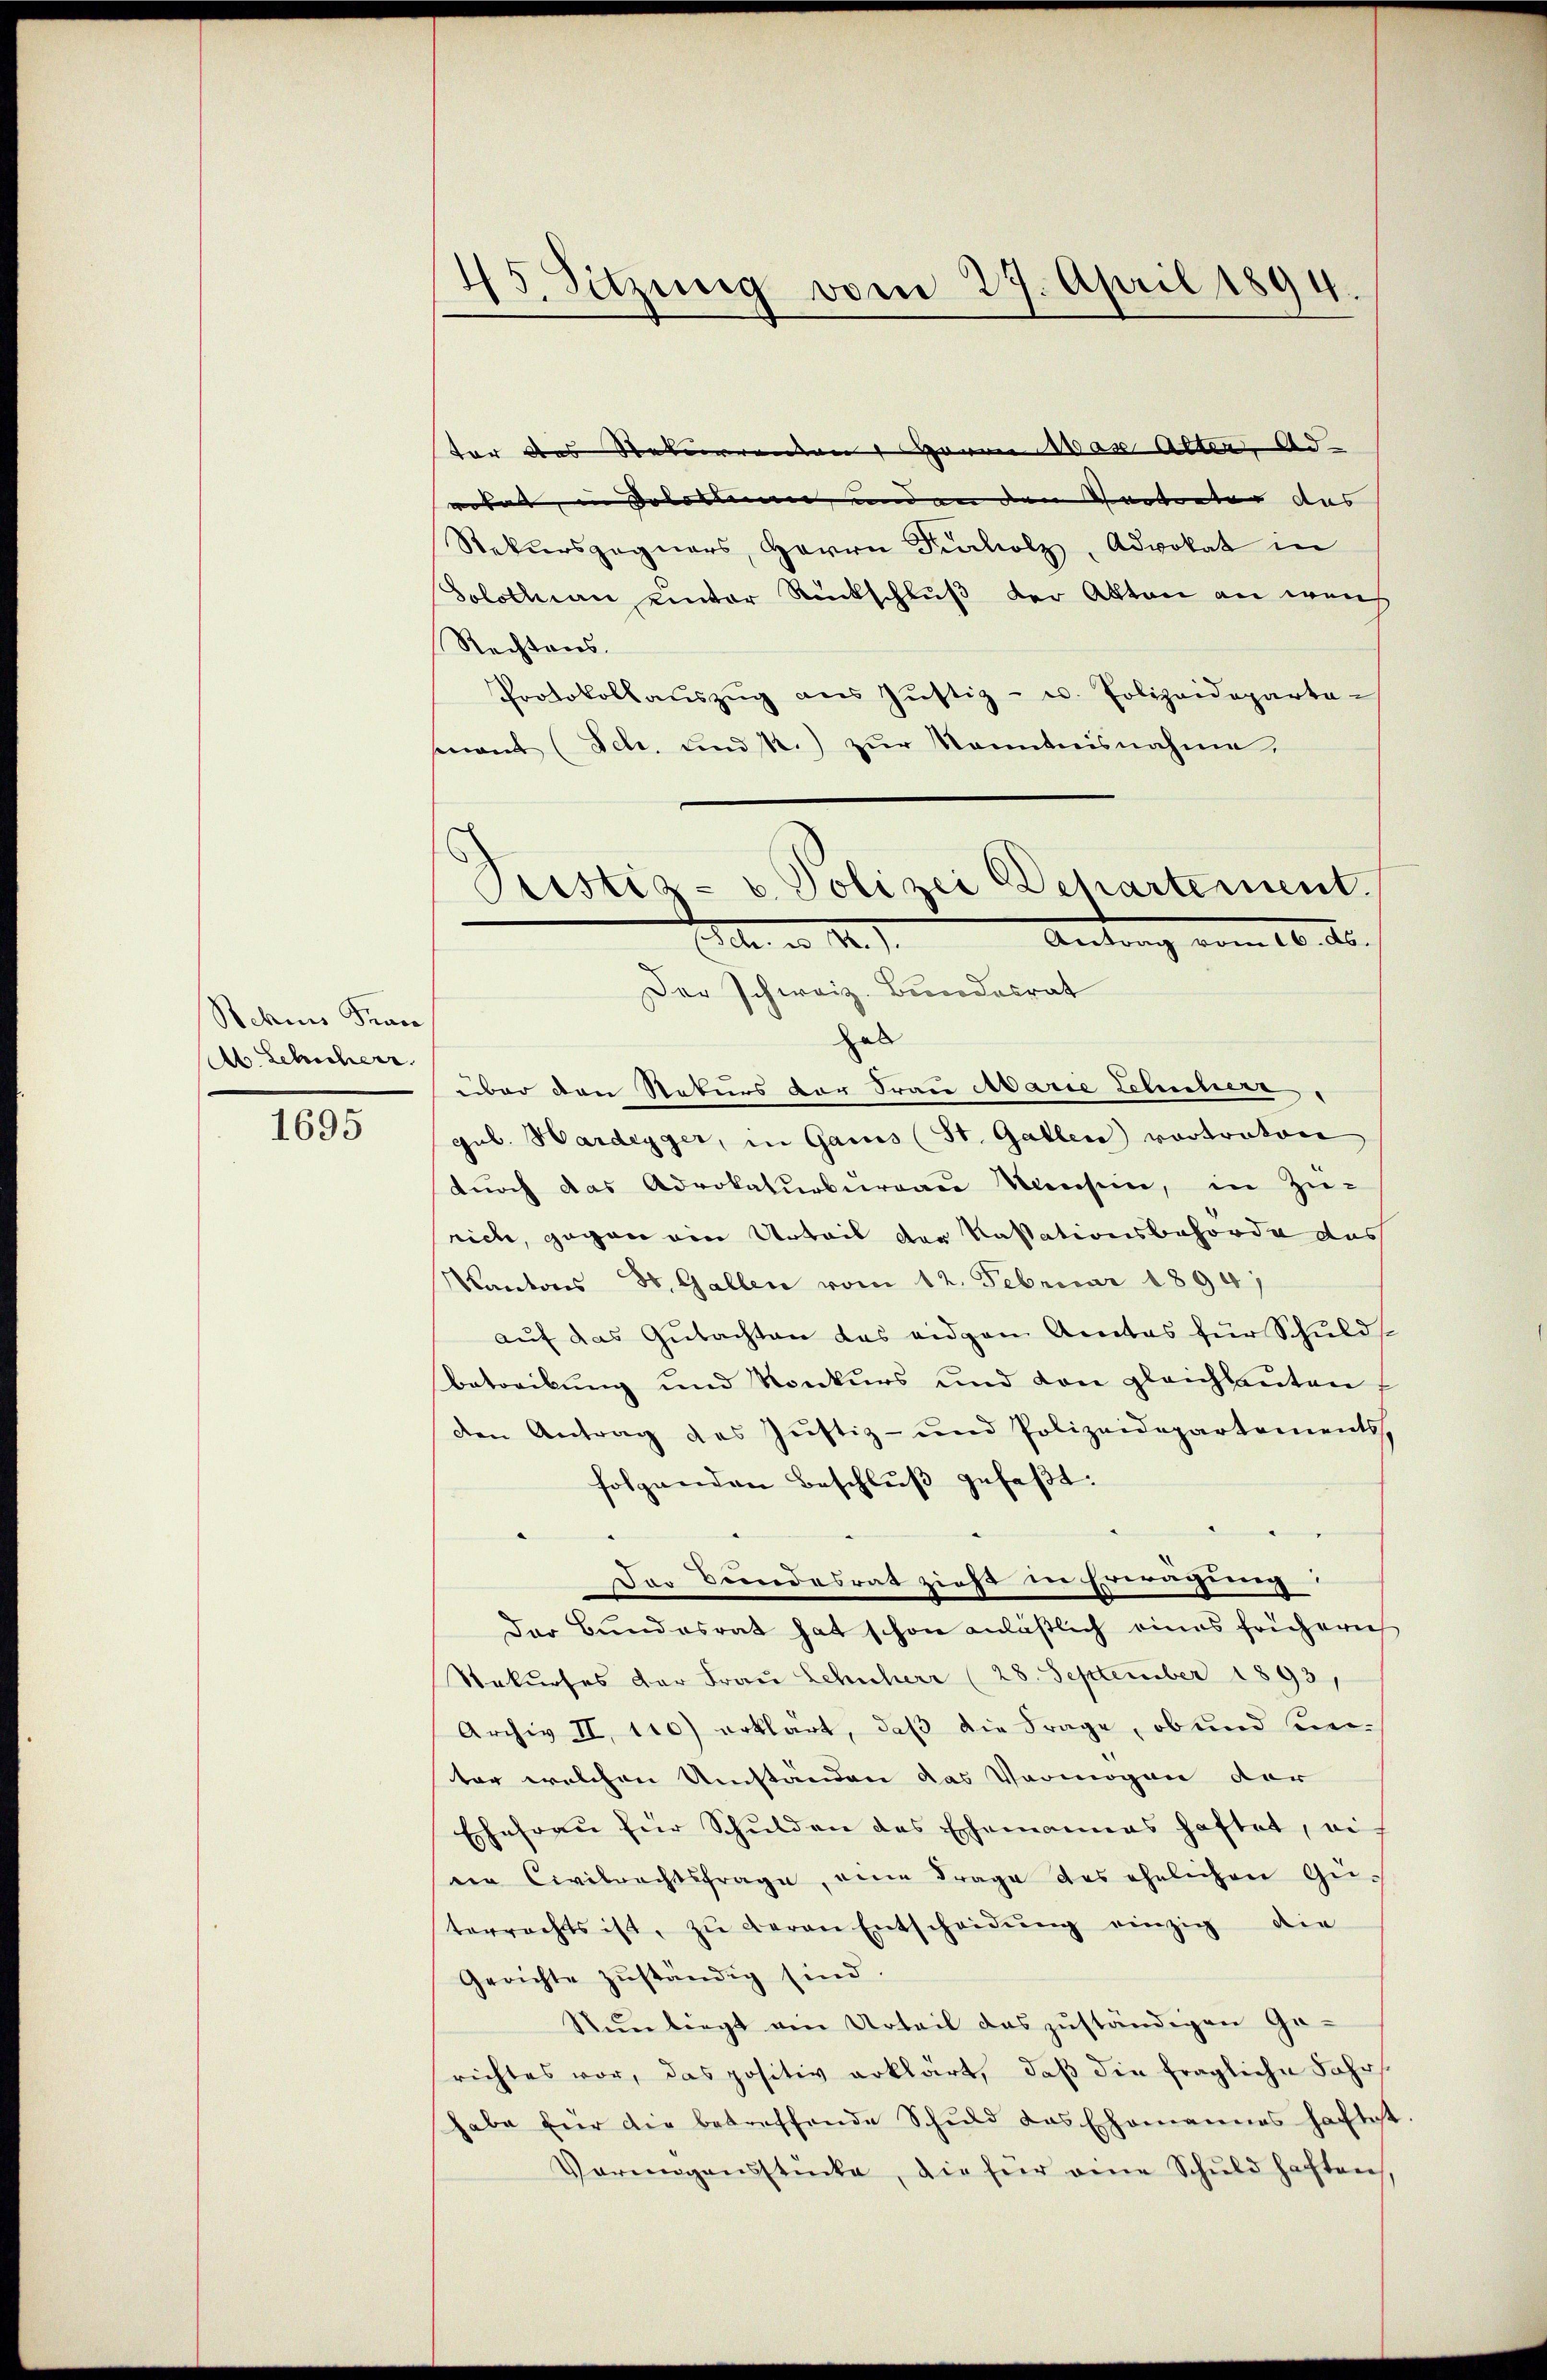
Sehns Fran
Ab. Leicherr

1695

45. Sitzung vom 27. April 1894.

Puistia - u. Polizei Departement.
Antrag vom 16. ds.
e. ad 1. d.

ter des Naturrenten HHerrn vor Alter, Ad-
wohet, in Solotten und in den Vertreter das |
Rekursgegners, Herrn Pucholz, Advokat in
Solothurn unter Rückschluß der Akten an weich
Rechtens.
Protokollaŭszŭg ans Jŭstiz- u. Polizeideparta-
enant (Sch. und k.) zur Kenntnisnahme,
Der schweiz. Bundesrat
hab
über den Rekurs der Frau Marie Lehnsherr
gul. Hardegger, in Gais (St. Gallen) vortraton
durch das Advokaturbureau Mensein, in Zu-
rich, gegen ein Urteil der Kassationsbehörde das
Kantons St. Gallen vom 12. Februar 1894/
aŭf das Gŭtachten das eidgen Amtes für Schulds
betreibung und Konkurs und von gleichbauten
den Antrag des Justiz- und Polizeidepartements,
folgenden Beschluß gefaßt.
Der Bundesrat zieht in Erwägung
Der Bundesrat hat schon anläßlich eines frühern
Stekurses der Frau Schuherr (28. September 1893,
Archiv II, 110) erklärt, daß die Frage, ob und seiter welchen Umständen das Vermögen der
Ehefraŭ für Schulden des Ehemannes haftet, ei
ein Civilrechtsfrage, eine Frage des ehelichen Geterrechts ist, zŭ deran Entscheidŭng einzig die
Gerichte zŭständig sind.
Nŭnliegt ein Urteil das zŭständigen Ge-
richtes vor, das positiv erklärt, daβ die fragliche Jahr
habe für die betreffende Schuld das Ehemannes haftest
Verŭngensstücke, die für eine Schŭld haften.